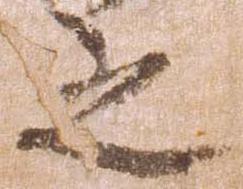
之